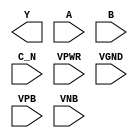
module sky130_fd_sc_hd__nor3b (
    Y   ,
    A   ,
    B   ,
    C_N ,
    VPWR,
    VGND,
    VPB ,
    VNB
);

    output Y   ;
    input  A   ;
    input  B   ;
    input  C_N ;
    input  VPWR;
    input  VGND;
    input  VPB ;
    input  VNB ;
endmodule